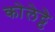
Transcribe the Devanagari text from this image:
कोलेट्टे